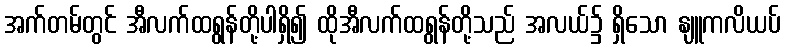
အက်တမ်တွင် အီလက်ထရွန်တို့ပါရှိ၍ ထိုအီလက်ထရွန်တို့သည် အလယ်၌ ရှိသော နျူကလိယပ်